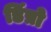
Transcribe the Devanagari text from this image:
डिंप्रो